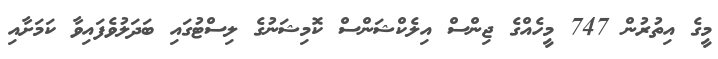
މީގެ އިތުރުން 747 މީހެއްގެ ޖިންސް އިލެކްޝަންސް ކޮމިޝަނުގެ ލިސްޓުގައި ބަދަލުވެފައިވާ ކަމަށާއި